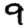
Digit: 9